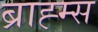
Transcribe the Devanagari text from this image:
ब्राह्म्स